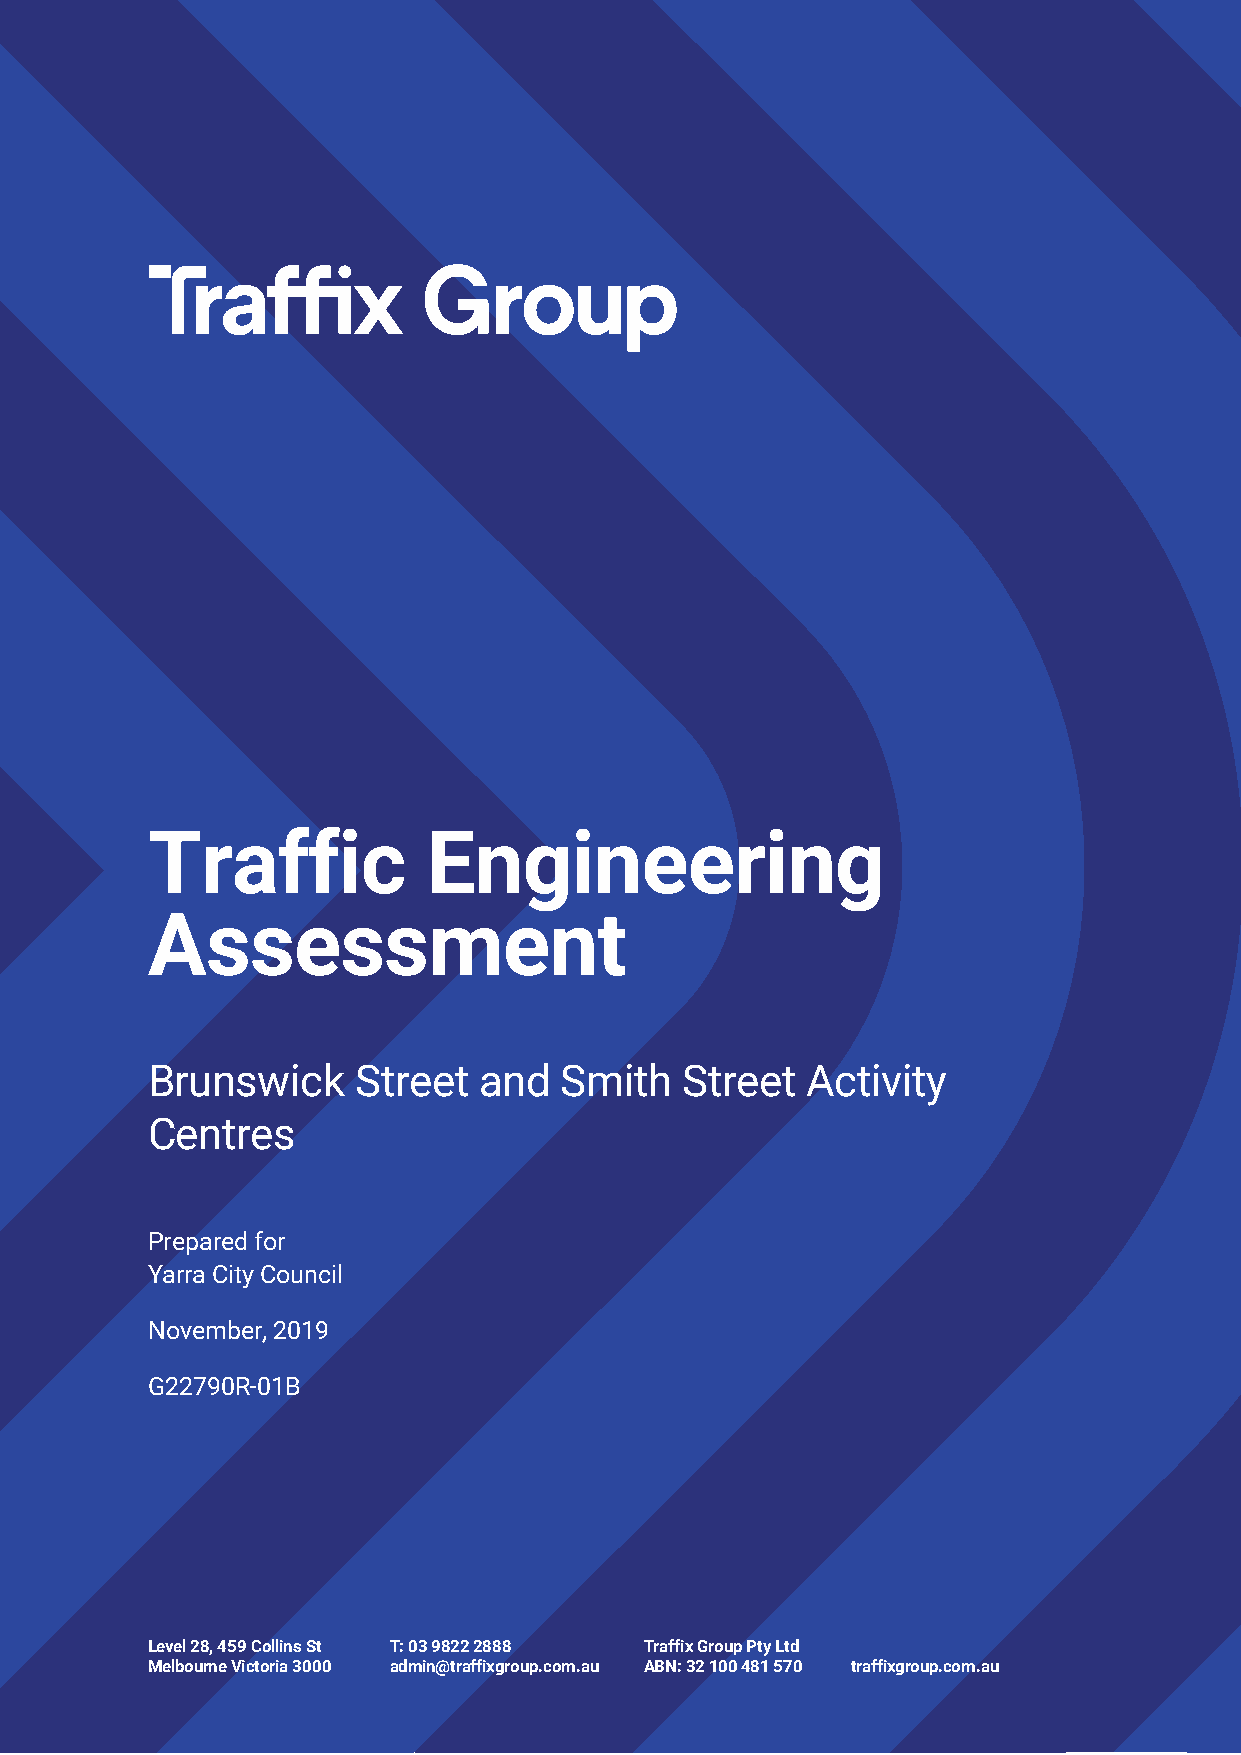
Traffic           Engineering
 Assessment
 Brunswick     Street  and  Smith   Street  Activity
 Centres
 Prepared for
 Yarra City Council
 November, 2019
 G22790R-01B
 Level 28, 459 Collins St T: 03 9822 2888 Traffix Group Pty Ltd
 Melbourne Victoria 3000 admin@traffixgroup.com.au ABN: 32 100 481 570 traffixgroup.com.au